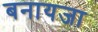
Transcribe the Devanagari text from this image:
बनायजा